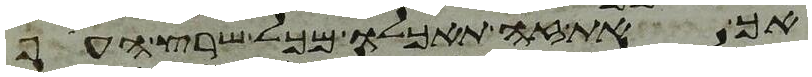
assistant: אך את זה תאכלו מכל שרץ העוף